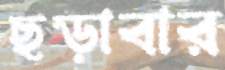
ছড়াবার